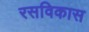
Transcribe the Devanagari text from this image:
रसविकास